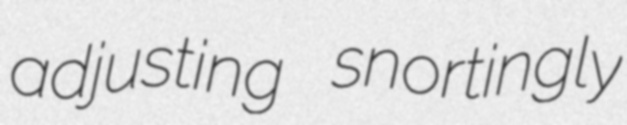
adjusting snortingly